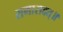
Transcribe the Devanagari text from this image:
समासदत्॥